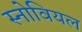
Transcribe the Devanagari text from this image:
स्नोवियल